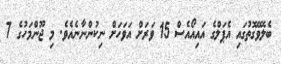
ބެލެވޭގޮތުގައި އެޕަލްގެ އައިއޯއެސް 15 ވަރަށް އަވަހަށް ނިކުންނާނެއެވެ. މި ޖޫންމަހުގެ 7